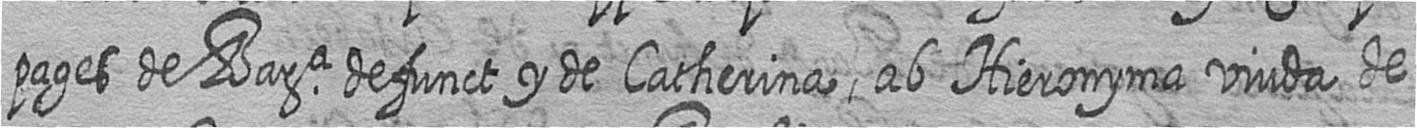
pages de Bara defunct y de Catherina ab Hieronyma viuda de